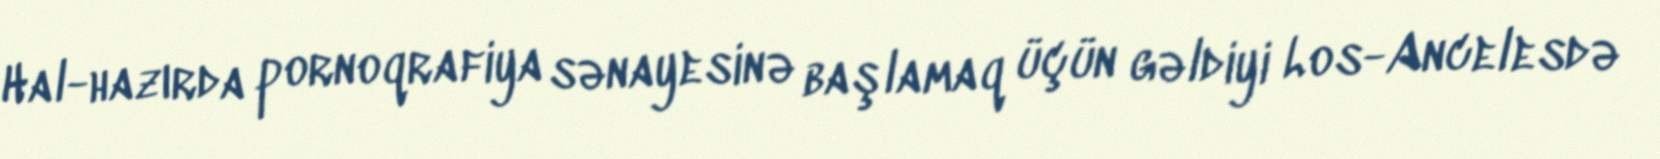
Hal-hazırda pornoqrafiya sənayesinə başlamaq üçün gəldiyi Los-Ancelesdə